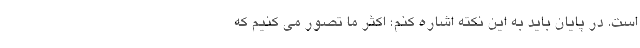
است. در پایان باید به این نکته اشاره کنم؛ اکثر ما تصور می کنیم که